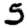
Digit: 5